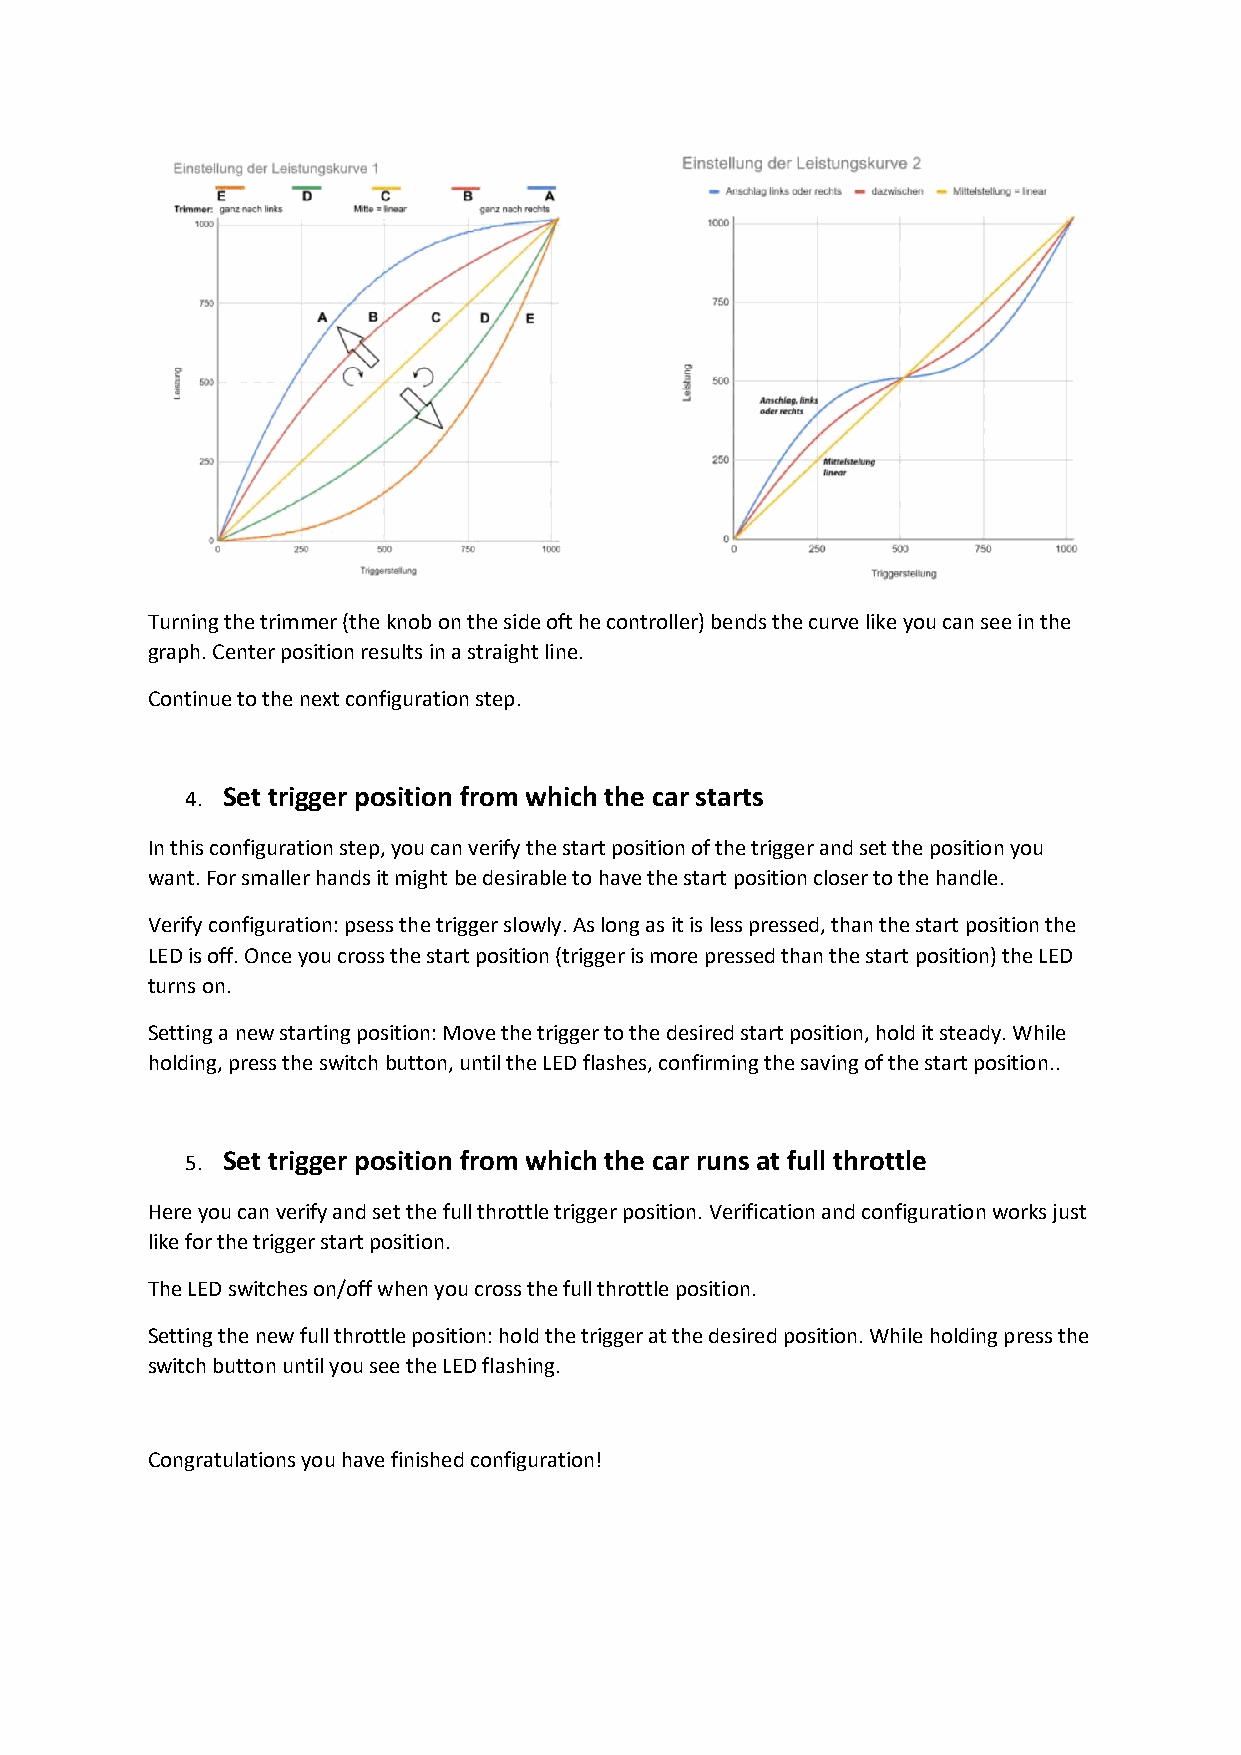
Turning the trimmer (the knob on the side oft he controller) bends the curve like you can see in the
 graph. Center position results in a straight line.
 Continue to the next configuration step.
 4. Set trigger position from which the car starts
 In this configuration step, you can verify the start position of the trigger and set the position you
 want. For smaller hands it might be desirable to have the start position closer to the handle.
 Verify configuration: psess the trigger slowly. As long as it is less pressed, than the start position the
 LED is off. Once you cross the start position (trigger is more pressed than the start position) the LED
 turns on.
 Setting a new starting position: Move the trigger to the desired start position, hold it steady. While
 holding, press the switch button, until the LED flashes, confirming the saving of the start position..
 5. Set trigger position from which the car runs at full throttle
 Here you can verify and set the full throttle trigger position. Verification and configuration works just
 like for the trigger start position.
 The LED switches on/off when you cross the full throttle position.
 Setting the new full throttle position: hold the trigger at the desired position. While holding press the
 switch button until you see the LED flashing.
 Congratulations you have finished configuration!